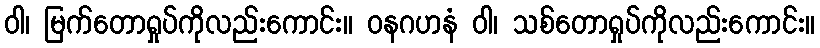
ဝါ၊ မြက်တောရှုပ်ကိုလည်းကောင်း။ ဝနဂဟနံ ဝါ၊ သစ်တောရှုပ်ကိုလည်းကောင်း။